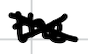
Text: the
Cross-out: cross
Writing tool: digital_black